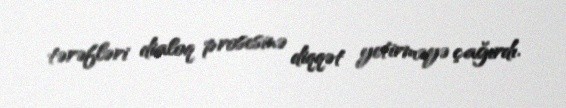
tərəfləri dialoq prosesinə diqqət yetirməyə çağırdı.